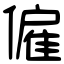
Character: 僱